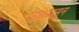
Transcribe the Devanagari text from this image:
प्रश्नापासून